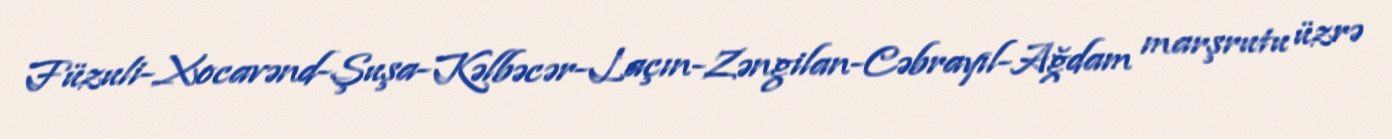
Füzuli-Xocavənd-Şuşa-Kəlbəcər-Laçın-Zəngilan-Cəbrayıl-Ağdam marşrutu üzrə